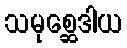
သမုစ္ဆေဒါယ